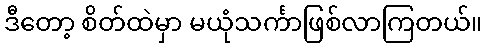
ဒီတော့ စိတ်ထဲမှာ မယုံသင်္ကာဖြစ်လာကြတယ်။